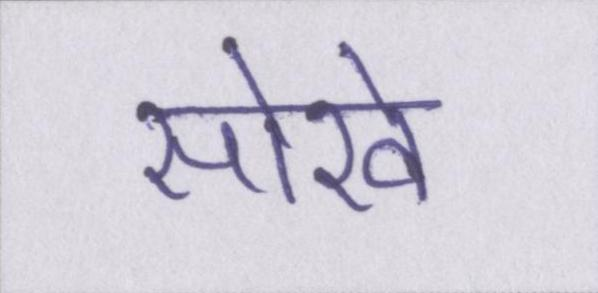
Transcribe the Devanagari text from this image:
सोखे